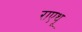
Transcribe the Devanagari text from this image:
राएथू